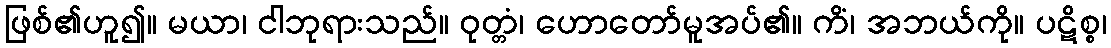
ဖြစ်၏ဟူ၍။ မယာ၊ ငါဘုရားသည်။ ဝုတ္တံ၊ ဟောတော်မူအပ်၏။ ကိံ၊ အဘယ်ကို။ ပဋိစ္စ၊